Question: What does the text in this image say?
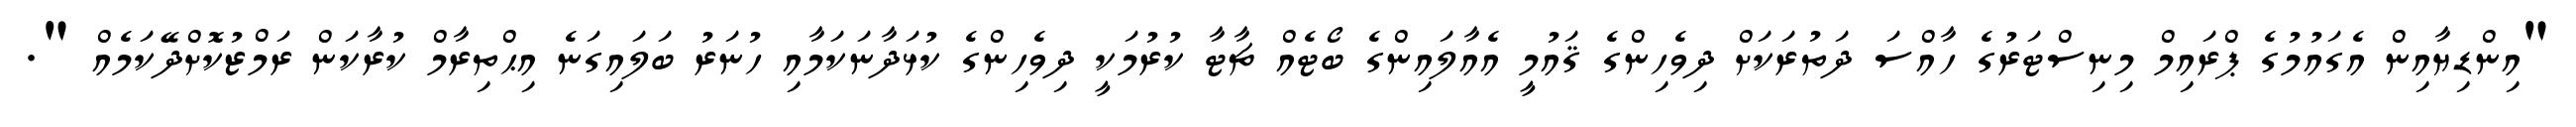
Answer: "އިންޑިޔާއިން އެގައުމުގެ ޕްރައިމް މިނިސްޓަރުގެ ހާއްސަ ދަތުރަކަށް ދިވެހިންގެ ޤައުމީ އެއާލައިންގެ ބޯޓެއް ޗާޓާ ކުރުމަކީ ދިވެހިންގެ ކުޅަދާނަކަމާއި ހުނަރު ބަލައިގަނެ އިޙްތިރާމް ކުރާކަން ރަމްޒުކޮށްދޭކަމެއް ".